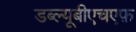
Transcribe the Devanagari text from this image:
डब्ल्यूबीएचएफ़